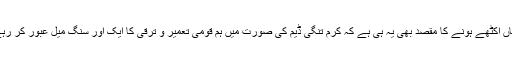
’’آج یہاں اکٹھے ہونے کا مقصد بھی یہ ہی ہے کہ کرم تنگی ڈیم کی صورت میں ہم قومی تعمیر و ترقی کا ایک اور سنگ میل عبور کر رہے ہیں۔